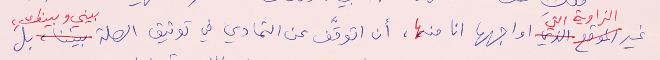
غير الزاوية التي اواجهها انا منها، أن اتوقَّف عن التمادي في توثيق الصلة بيني وبينكِ، بل